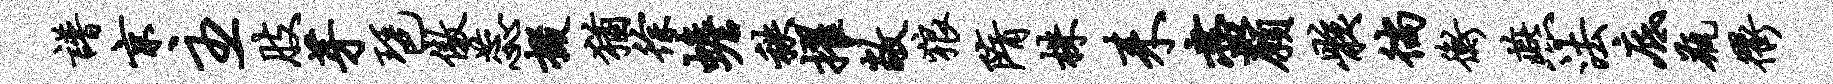
谱京主肢芽琶傲蕊掇犹徐蟾秩擢敞狼隋株耒尽愿骸徜衡燕法底瓶衢